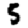
Digit: 5